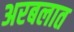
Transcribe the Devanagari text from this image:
अरबलात